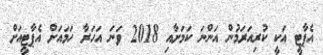
އެޕާޓީ އަކީ ކުރިއަރަމުން އަންނަ ކަމަށާއި 2018 ވަނަ އަހަރާ ހަމައަށް އެޕާޓީއަށް